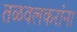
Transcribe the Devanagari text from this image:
तळवलकरांना